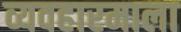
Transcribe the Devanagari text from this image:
व्यवहारमाला